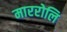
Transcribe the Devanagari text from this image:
माररोलि